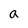
Character: a